Treatise on elephants
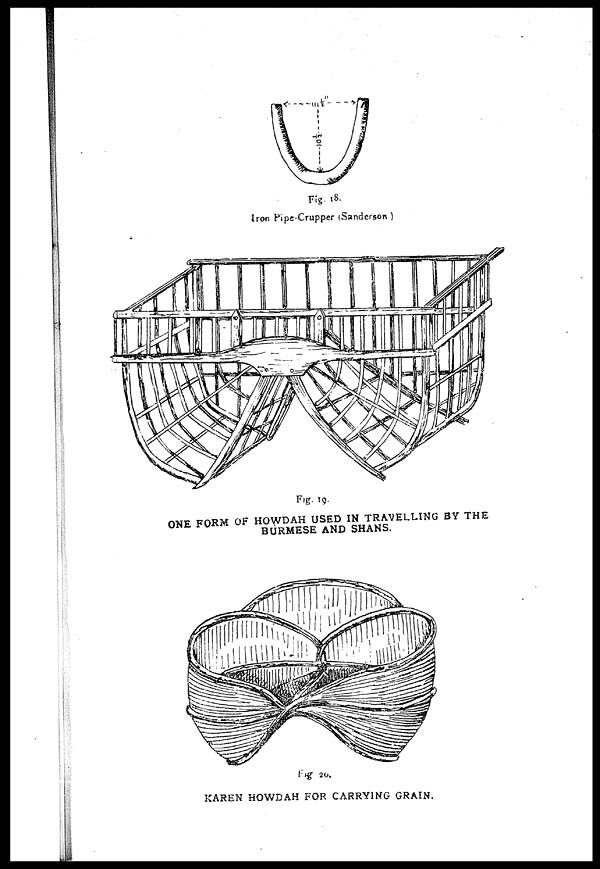
Fig l8.
Iron Pipe-Crupper (Sanderson)
Fig. 19.
ONE FORM OF HOWDAH USED IN TRAVELLING BY THE
BURMESE AND SHANS.
Fig. 20.
KAREN HOWDAH FOR CARRYING GRAIN.